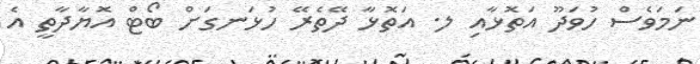
ނަމަވެސް ހުވަދޫ އަތޮޅާއި ލ. އަތޮޅާ ދޭތެރޭ ހުޅަނގަށް ބޯޓް އޮޔާދާތީ އެ